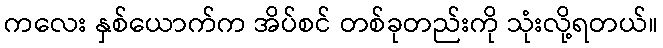
ကလေး နှစ်ယောက်က အိပ်စင် တစ်ခုတည်းကို သုံးလို့ရတယ်။